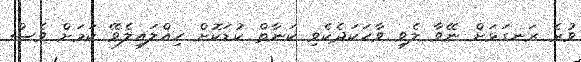
ވުރެ ރަނގަޅަށް ނޭވާ ލެވި ވާހަކަދެކެވި ކަނާތް ކުޑަކޮށް ހިއްލައިލެވޭ ކަމަށް ވެސް